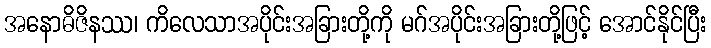
အနောဓိဇိနဿ၊ ကိလေသာအပိုင်းအခြားတို့ကို မဂ်အပိုင်းအခြားတို့ဖြင့် အောင်နိုင်ပြီး